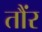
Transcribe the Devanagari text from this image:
तौंर